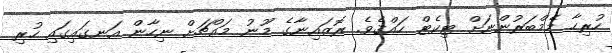
ހުރިހާ މެމްބަރުންނަށް ޓިކެޓް ހައްޤެވެ. ރޮޒައިނާގެ މޫނު މައްޗަށް ނިހާން އަނގައިގައި ހުރި